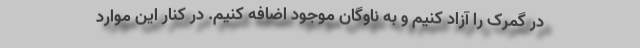
در گمرک را آزاد کنیم و به ناوگان موجود اضافه کنیم. در کنار این موارد